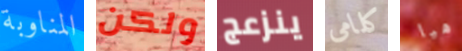
المناوبة ولكن ينزعج كلامى هيا